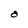
Character: O